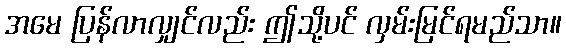
အမေ ပြန်လာလျှင်လည်း ဤသို့ပင် လှမ်းမြင်ရမည်သာ။